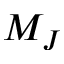
M _ { J }